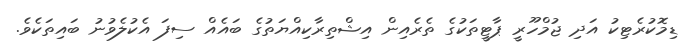
ޑިމޮކުރެޓިކު އަދި ޖުމްހޫރީ ޕާޓީތަކުގެ ތެރެއިން އިޝްތިރާކިއްޔަތުގެ ބައެއް ސިފަ އެކުލެވުނު ބައިތަކެވެ.